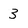
Character: 3